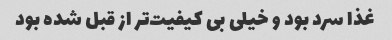
غذا سرد بود و خیلی بی کیفیت‌تر از قبل شده بود